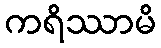
ကရိဿာမိ